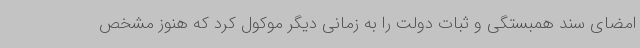
امضای سند همبستگی و ثبات دولت را به زمانی دیگر موکول کرد که هنوز مشخص